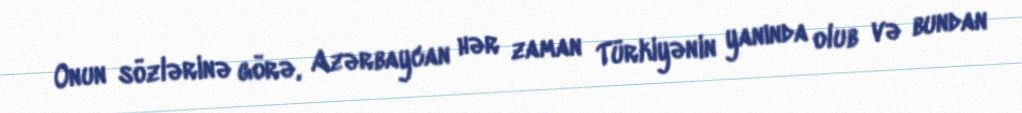
Onun sözlərinə görə, Azərbaycan hər zaman Türkiyənin yanında olub və bundan